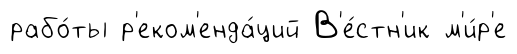
рабо́ты р'еком'енда́ций В'е́стн'ик м'и́р'е